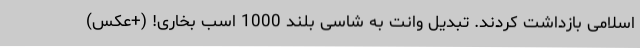
اسلامی بازداشت کردند. تبدیل وانت به شاسی بلند 1000 اسب بخاری! (+عکس)